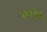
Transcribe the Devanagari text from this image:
कदंबो